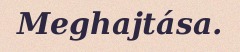
Meghajtása.